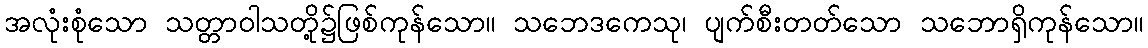
အလုံးစုံသော သတ္တာဝါသတို့၌ဖြစ်ကုန်သော။ သဘေဒကေသု၊ ပျက်စီးတတ်သော သဘောရှိကုန်သော။